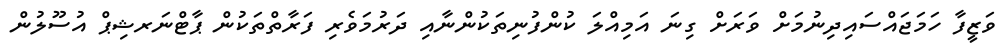
ވަޒީފާ ހަމަޖައްސައިދިނުމަށް ވަރަށް ގިނަ އަމިއްލަ ކުންފުނިތަކުންނާއި ދަރުމަވެރި ފަރާތްތަކުން ޕާޓްނަރޝިޕް އުސޫލުން